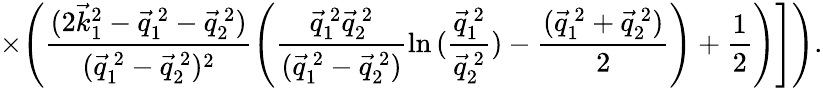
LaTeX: \times\Biggl.\Biggl.\Biggl(\frac{(2{\vec{k}}_{1}^{2}-\vec{q}_{1}^{~2}-\vec{q}_{2}^{~2})}{(\vec{q}_{1}^{~2}-\vec{q}_{2}^{~2})^{2}}\left(\frac{\vec{q}_{1}^{~2}\vec{q}_{2}^{~2}}{(\vec{q}_{1}^{~2}-\vec{q}_{2}^{~2})}\ln{(\frac{\vec{q}_{1}^{~2}}{\vec{q}_{2}^{~2}})}-\frac{(\vec{q}_{1}^{~2}+\vec{q}_{2}^{~2})}2\right)+\frac 12\Biggr)\Biggr]\Biggr).